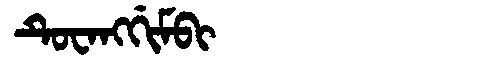
Manchu: ᡨᡠᠸᠠᠩᡤᡳᠮᠪᡳ
Romanization: TUWANGGIMBI